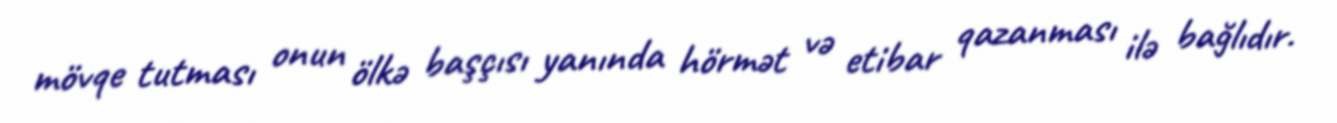
mövqe tutması onun ölkə başçısı yanında hörmət və etibar qazanması ilə bağlıdır.